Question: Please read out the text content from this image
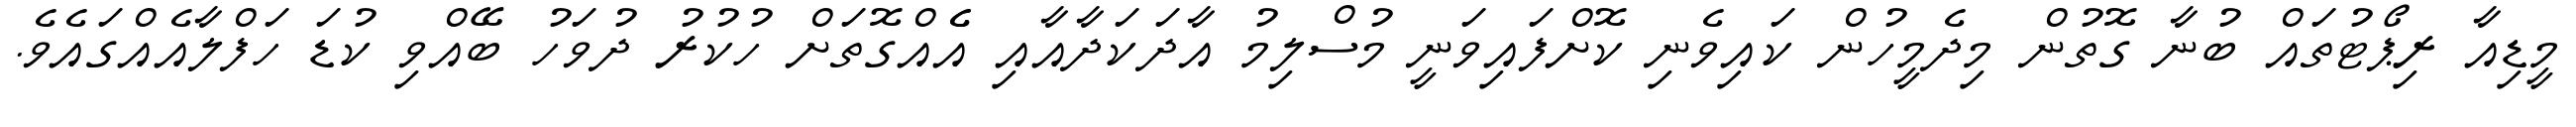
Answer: މީޑިއާ ރިޕޯޓުތައް ބުނާ ގޮތުން މިދެމީހުން ކައިވެނި ކޮށްފައިވަނީ މުސްލިމު އާދަކަދާއާއި އެެއްގޮތަށް ހުކުރު ދުވަހު ބޭއްވި ކުޑަ ހަފްލާއެއްގައެވެ.